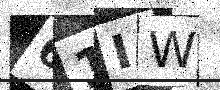
Text: 61IW